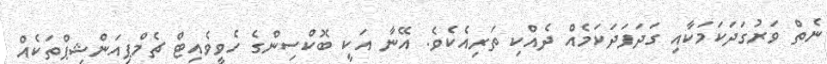
ނެތް ވަރުގަދަކަމަކާއި ގަދަފަދަކަމެއް ދެއްކި ތަރިއެކެވެ. އޭނާ އަކީ ބޮކްސިންގެ ހެވީވެއިޓް ޗެމްޕިއަންޝިޕްތަކެއް